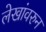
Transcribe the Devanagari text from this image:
लेखांवरुन